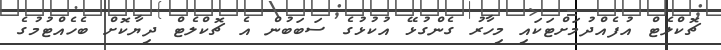
ޗޮކްލެޓް އުފެއްދުމަށްޓަކައި މިހާރު ގެންގުޅޭ އުކުޅުގެ ސަބަބުން އެ ޗޮކްލެޓް ދިޔާކޮށް ބެހެއްޓުމުގެ